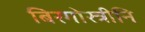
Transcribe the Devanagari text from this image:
बिरगोस्त्रीनि